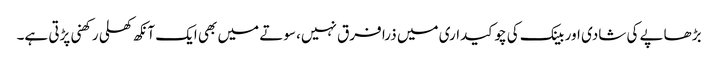
بڑھاپے کی شادی اور بینک کی چوکیداری میں ذرا فرق نہیں، سوتے میں بھی ایک آنکھ کھلی رکھنی پڑتی ہے۔